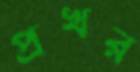
প্রখর